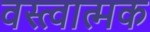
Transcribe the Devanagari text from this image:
वस्त्वात्मक